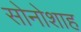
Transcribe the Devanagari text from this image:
सोनोशाह